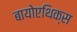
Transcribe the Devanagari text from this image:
बायोएथिक्स